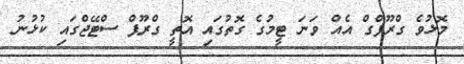
މޮޅުވެ ގްރޫޕްގް އެއް ވަނަ ޓީމުގެ ގޮތުގައި އޮތީ ގްރޫޕް ސްޓޭޖްގައި ކުޅުނު